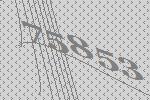
75853